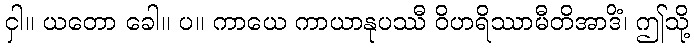
ငှါ။ ယတော ခေါ။ ပ။ ကာယေ ကာယာနုပဿီ ဝိဟရိဿာမီတိအာဒိံ၊ ဤသို့